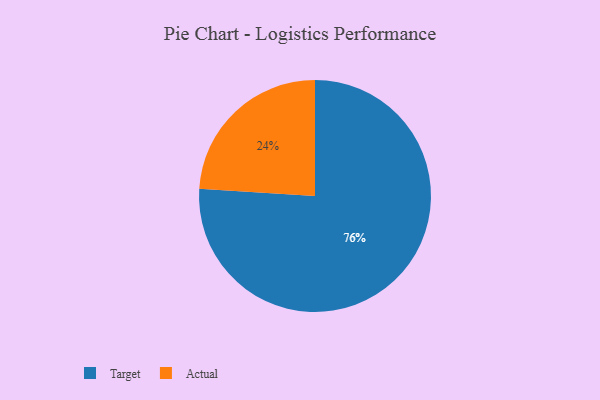
{"axis": {"x": "Category", "y": "Percentage"}, "legend": ["Actual", "Target"], "data": [{"x": "Target", "y": 76, "type": "Target"}, {"x": "Actual", "y": 24, "type": "Actual"}]}